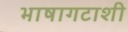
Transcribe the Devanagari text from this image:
भाषागटाशी